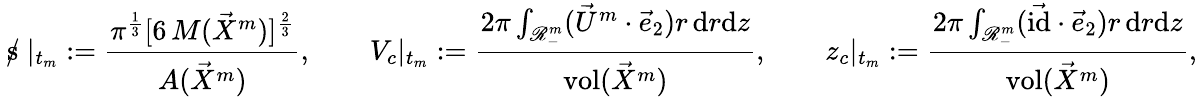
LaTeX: \mathrm{~s\! \! \! \! \: /~}|_{t_{m}}:=\frac{\pi^{\frac{1}{3}}[6\, M(\vec{X}^{m})]^{\frac{2}{3}}}{A(\vec{X}^{m})},\qquad V_{c}|_{t_{m}}:=\frac{2\pi\int_{\mathscr{R}_{-}^{m}}(\vec{U}^{m}\cdot\vec{e}_{2})r\, \mathrm{d}r\mathrm{d}z}{\operatorname{vol}(\vec{X}^{m})},\qquad z_{c}|_{t_{m}}:=\frac{2\pi\int_{\mathscr{R}_{-}^{m}}(\vec{\mathrm{id}}\cdot\vec{e}_{2})r\, \mathrm{d}r\mathrm{d}z}{\operatorname{vol}(\vec{X}^{m})},